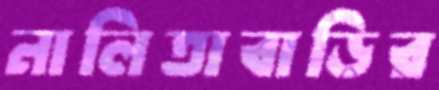
নালিতাবাড়ির